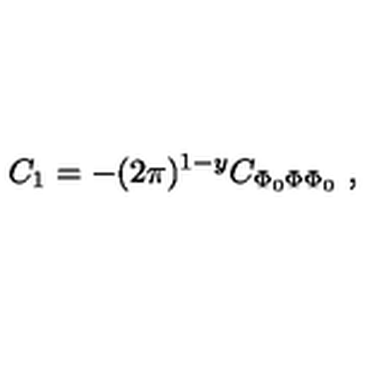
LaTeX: C _ { 1 } = - ( 2 \pi ) ^ { 1 - y } C _ { \Phi _ { 0 } \Phi \Phi _ { 0 } } \ ,